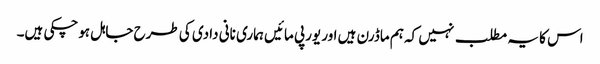
اس کا یہ مطلب نہیں کہ ہم ماڈرن ہیں اور یورپی مائیں ہماری نانی دادی کی طرح جاہل ہوچکی ہیں۔